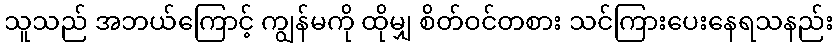
သူသည် အဘယ်ကြောင့် ကျွန်မကို ထိုမျှ စိတ်ဝင်တစား သင်ကြားပေးနေရသနည်း